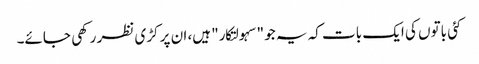
کئی باتوں کی ایک بات کہ یہ جو "سہولتکار" ہیں، ان پر کڑی نظر رکھی جائے۔